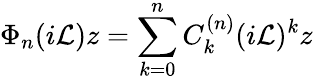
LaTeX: \Phi_{n}(i\mathcal{L})z=\sum_{k=0}^{n}C_{k}^{(n)}(i\mathcal{L})^{k}z